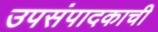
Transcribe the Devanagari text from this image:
उपसंपादकाची